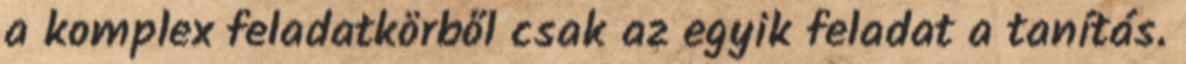
a komplex feladatkörből csak az egyik feladat a tanítás.